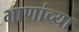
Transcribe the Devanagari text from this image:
भाणांच्या